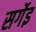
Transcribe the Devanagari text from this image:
सर्गेइ